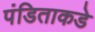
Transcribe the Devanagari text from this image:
पंडिताकडे